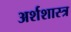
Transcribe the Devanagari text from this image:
अर्शशास्त्र